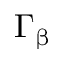
\Gamma _ { \upbeta }